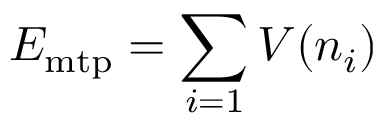
E _ { \mathrm { m t p } } = \sum _ { i = 1 } V ( n _ { i } )